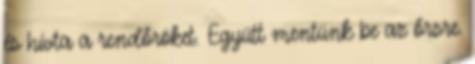
és hívta a rendőröket. Együtt mentünk be az őrsre.